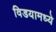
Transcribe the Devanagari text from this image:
विडयामध्ये